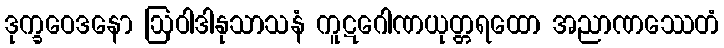
ဒုက္ခဝေဒနော ဩဝါဒါနုသာသနံ ကူဋဂေါဏယုတ္တရထော အညာဏဿေတံ